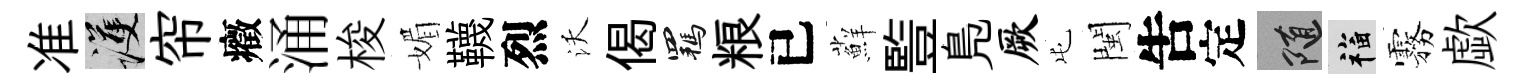
准護帘癥涌梭媚韈烈沃偈羈粮已蘚䜿鳬厥屯閩吿定隨福霧歔